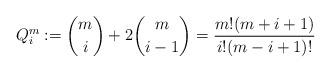
LaTeX: \begin{align*} Q_i^m := {m\choose i} + 2{m\choose i-1} = \frac{m! (m+i+1)}{i!(m-i+1)!}\end{align*}